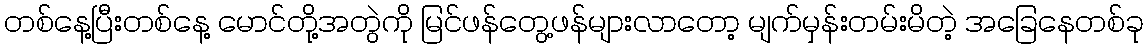
တစ်နေ့ပြီးတစ်နေ့ မောင်တို့အတွဲကို မြင်ဖန်တွေ့ဖန်များလာတော့ မျက်မှန်းတမ်းမိတဲ့ အခြေနေတစ်ခု